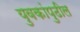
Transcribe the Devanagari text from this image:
युवकांपुढील